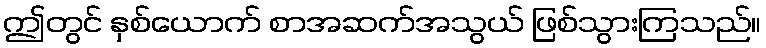
ဤတွင် နှစ်ယောက် စာအဆက်အသွယ် ဖြစ်သွားကြသည်။